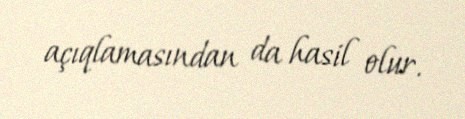
açıqlamasından da hasil olur.